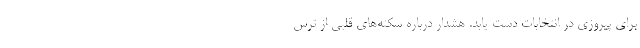
برای پیروزی در انتخابات دست یابد. هشدار درباره سکته‌های قلبی از ترس